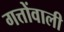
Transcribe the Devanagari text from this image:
गत्तोंवाली